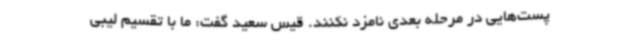
پست‌هایی در مرحله بعدی نامزد نکنند. قیس سعید گفت: ما با تقسیم لیبی